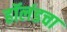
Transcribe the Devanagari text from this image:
हॉलंडचा